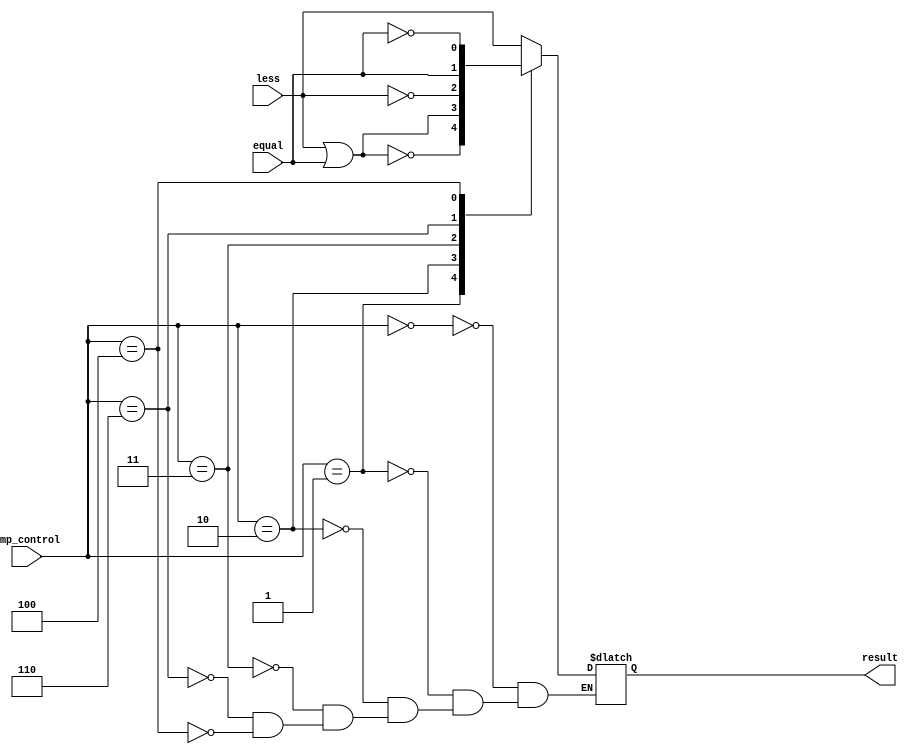
`timescale 1ns/1ps

module compare(
                cmp_control,   //3 bit control (input)
                less,            //1 bit less    (input)
                equal,           //1 bit equal   (intpu)
                result           //1 bit result  (output)
               );

input         less;
input         equal;
input [3-1:0] cmp_control;

output        result;

reg           result;

always @(*) 
begin
    case (cmp_control)
        3'b000:
        begin
            result = less;
        end
        3'b001:
        begin
            result = ~(less | equal);
        end
        3'b010:
        begin
            result = (less | equal);
        end
        3'b011:
        begin
            result = ~less;
        end
        3'b110:
        begin
            result = equal;
        end
        3'b100:
        begin
            result = ~equal;
        end
    endcase
end       

endmodule